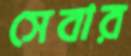
সেবার